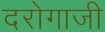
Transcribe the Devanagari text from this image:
दरोगाजी